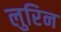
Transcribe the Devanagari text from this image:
लुरिन